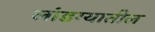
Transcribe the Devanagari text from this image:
लांडग्यातील